Medical and sanitary report of the native army of Bengal for the year
Year: 1878
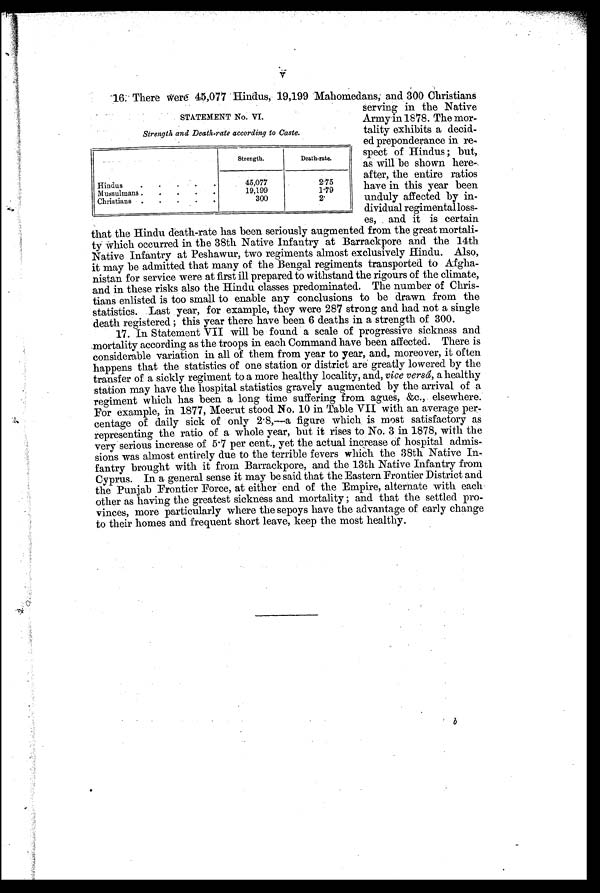
V
16. There Were 45,077 Hindus, 19,199 Mahomedans; and 300 Christians
serving in the Native
Army in 1878. The mor-
tality exhibits a decid-
ed preponderance in re-
spect of Hindus; but,
as will be shown here-
after, the entire ratios
have in this year been
unduly affected by in-
dividual regimental loss-
es, and it is certain
that the Hindu death-rate has been seriously augmented from the great mortali-
ty which occurred in the 38th Native Infantry at Barrackpore and the 14th
Native Infantry at Peshawur, two regiments almost exclusively Hindu. Also,
it may be admitted that many of the Bengal regiments transported to Afgha-
nistan for service were at first ill prepared to withstand the rigours of the climate,
and in these risks also the Hindu classes predominated. The number of Chris-
tians enlisted is too small to enable any conclusions to be drawn from the
statistics. Last year, for example, they were 287 strong and had not a single
death registered; this year there have been 6 deaths in a strength of 300.
17. In Statement VII will be found a scale of progressive sickness and
mortality according as the troops in each Command have been affected. There is
considerable variation in all of them from year to year, and, moreover, it often
happens that the statistics of one station or district are greatly lowered by the
transfer of a sickly regiment to a more healthy locality, and, vice versâ, a healthy
station may have the hospital statistics gravely augmented by the arrival of a
regiment which has been a long time suffering from agues, &c. elsewhere.
For example, in 1877, Meerut stood No. 10 in Table VII with an average per-
centage of daily sick of only 2.8,—a figure which is most satisfactory as
representing the ratio of a whole year, but it rises to No. 3 in 1878, with the
very serious increase of 5.7 per cent., yet the actual increase of hospital admis-
sions was almost entirely due to the terrible fevers which the 38th Native In
fantry brought with it from Barrackpore, and the 13th Native Infantry from
Cyprus. In a general sense it may be said that the Eastern Frontier District and.
the Punjab Frontier Force, at either end of the Empire, alternate with each
other as having the greatest sickness and mortality; and that the settled pro-
vinces, more particularly where the sepoys have the advantage of early change
to their homes and frequent short leave, keep the most healthy.
STATEMENT No. VI.
Strength and Death-rate according to Caste.
Strength.
Death-rate.
Hindus
. . . . .
45,077
2.75
Mussulmans
.
.
.
.
.
19,199
1.79
Christians .
.
.
. .
300
2 .